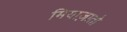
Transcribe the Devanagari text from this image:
मियाज़ातो